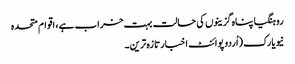
روہنگیا پناہ گزینوں کی حالت بہت خراب ہے، اقوام متحدہ
نیویارک (اُردو پوائنٹ اخبارتازہ ترین۔